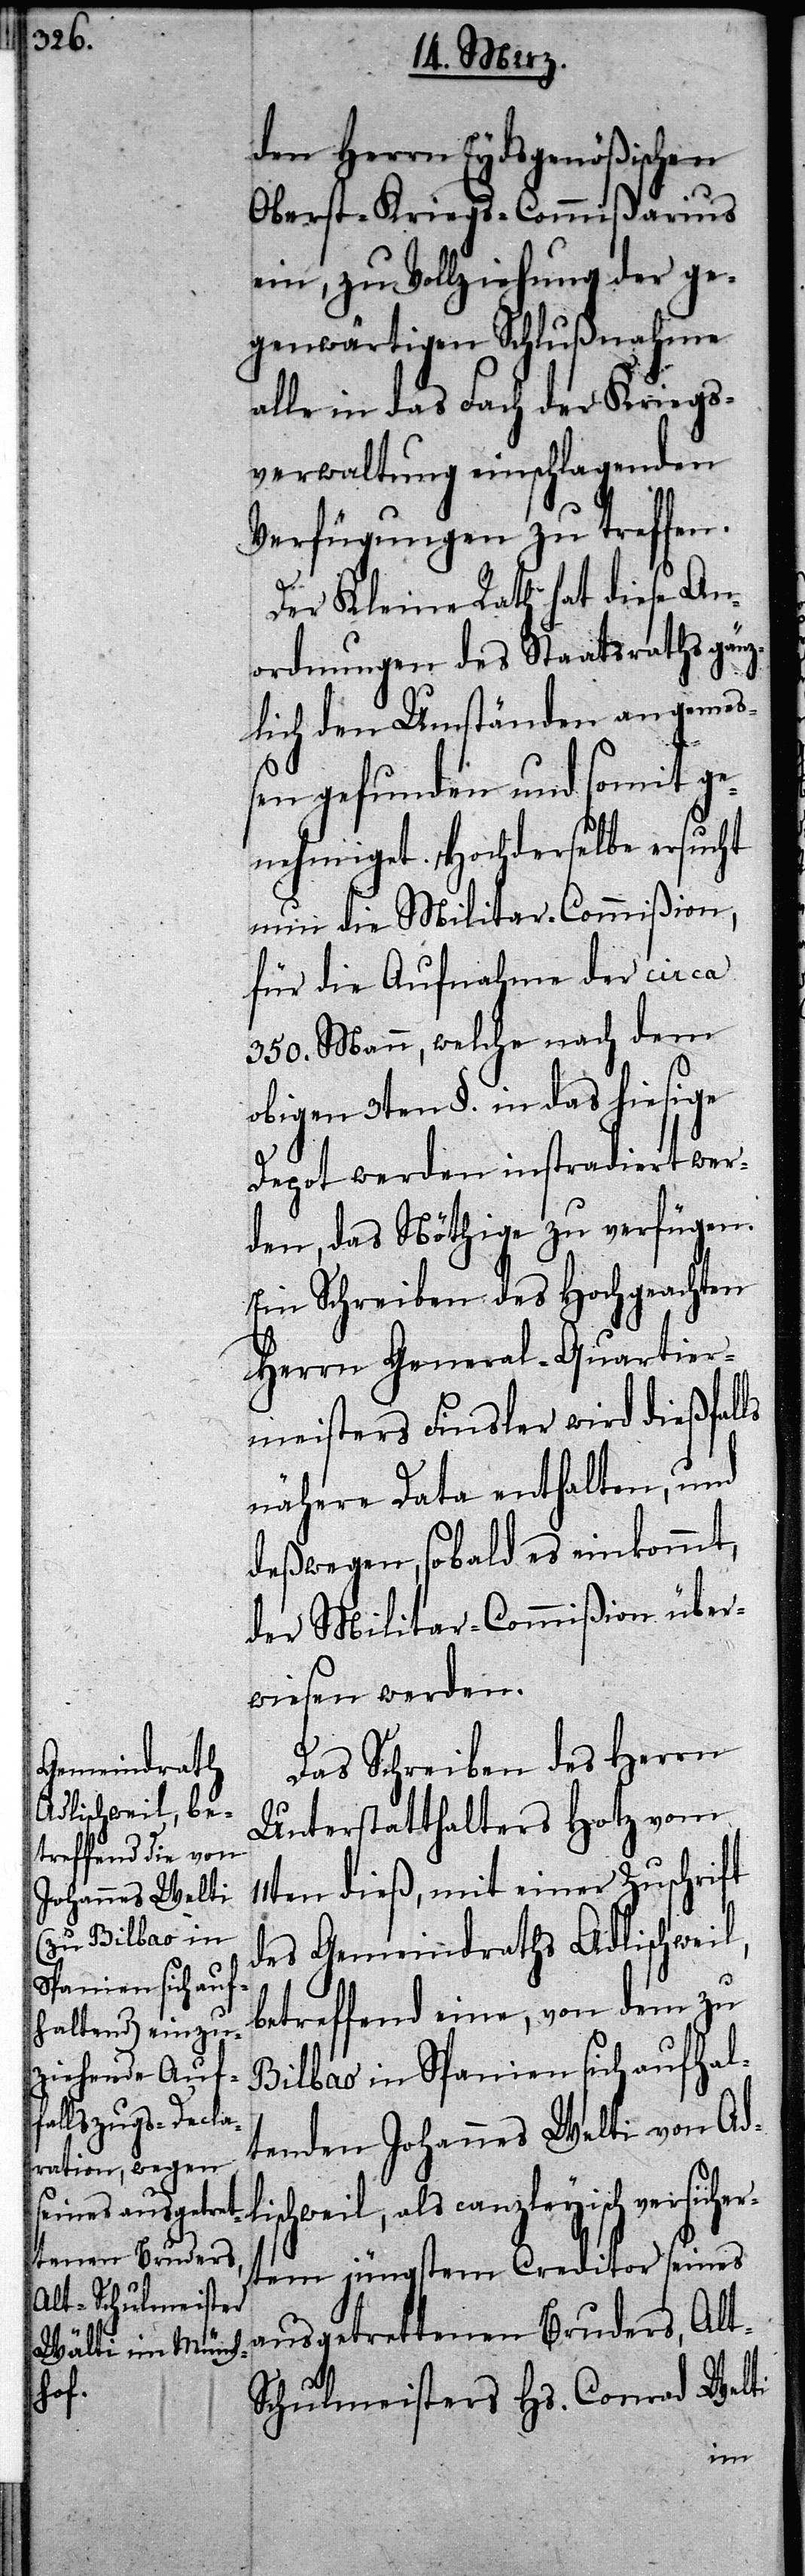
lischweil, als

den Herrn Eydsgenößischen
Oberst-Kriegs-Commißarius
ein, zu Vollziehung der ge¬
genwärtigen Schlußnahme
alle in das Fach der Kriegs¬
verwaltung einschlagenden
Verfügungen zu treffen.
Der Kleine Rath hat diese An¬
ordnungen des Staatsraths gänz¬
lich den Umständen angemeß¬
en gefunden und somit ge¬
nehmiget. Hochderselbe ersucht
nun die Militar-Commißion,
für die Aufnahme der circa
350. Mann, welche nach dem
obigen 3ten §. in das hiesige
Depot werden instradiert wer¬
den, das Nöthige zu verfügen.
Ein Schreiben des Hochgeachten
Herrn General-Quartier¬
meisters Finsler wird dießfalls
nähere Data enthalten, und
deßwegen, sobald es einkommt,
der Militar-Commißion über¬
wiesen werden.
Das Schreiben des Herrn
Unterstatthalter Hotz vom
11ten dieß, mit einer Zuschrift
des Gemeindraths Adlischweil,
betreffend eine, von dem zu
Bilbao in Spanien sich aufhal¬
tenden Johannes Welti von Ad¬
canzleyisch versiche¬
rtem jüngstem Creditor seines
ausgetrettenen Bruders, Alt-S¬
chulmeisters Hs. Conrad Welti